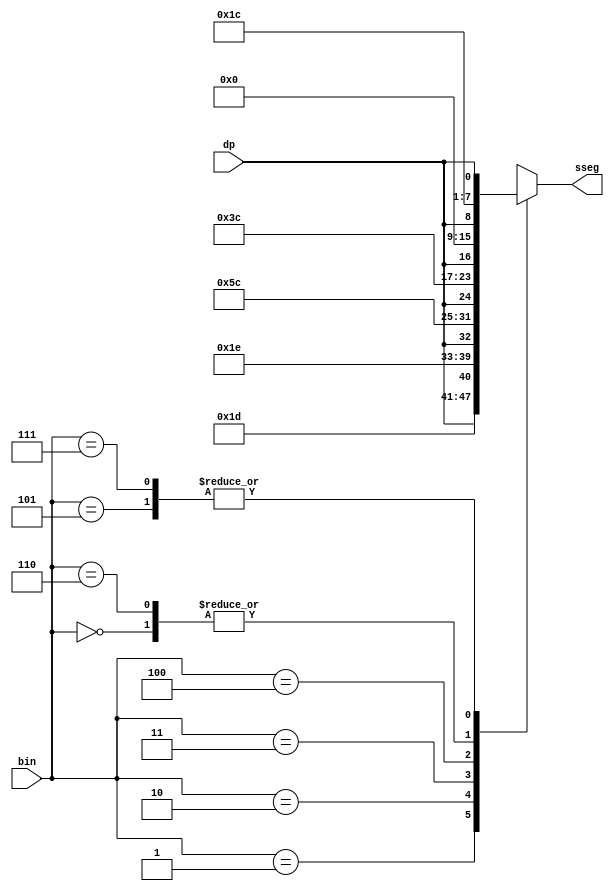
//verlog HDL code for Seven Segment 
//By: Jhury Kevin Lastre
module Seven_Seg
(
	input wire [2:0] bin,
	input wire dp,
	output reg [7:0]sseg
);

	always@(*)
	begin
		case(bin)
			//G F E D C B A
			3'b000 : sseg = {7'b0000000, dp};
			3'b001 : sseg = {7'b0011101, dp}; 
			3'b010 : sseg = {7'b0011110, dp};
			3'b011 : sseg = {7'b1011100, dp};
			3'b100 : sseg = {7'b0111100, dp};
			3'b101 : sseg = {7'b0011100, dp};
			3'b110 : sseg = {7'b0000000, dp};
			3'b111 : sseg = {7'b0011100, dp};
		endcase		
	end
endmodule